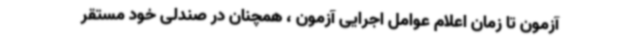
آزمون تا زمان اعلام عوامل اجرایی آزمون ، همچنان در صندلی خود مستقر